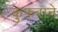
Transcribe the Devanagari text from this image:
कुफ़राने